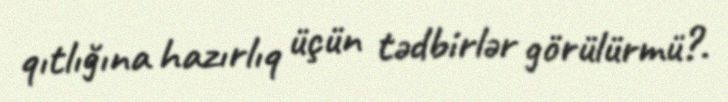
qıtlığına hazırlıq üçün tədbirlər görülürmü?.